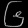
Digit: ၆